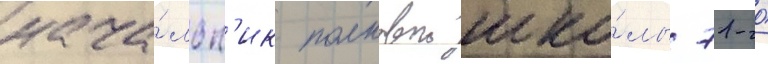
нача́льн'ик полковои шко́лы 71-го́